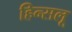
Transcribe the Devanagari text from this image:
हिन्सलू